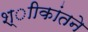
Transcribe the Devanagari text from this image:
श्ाीकांतने